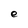
Character: e